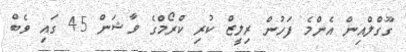
ގޫގްލްއިން އެންމެ ފަހުން ރިލީޒް ކުރި ކްރޯމްގެ ވާޝަން 45 ގައި ވެބް